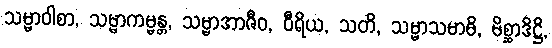
သမ္မာဝါစာ, သမ္မာကမ္မန္တ, သမ္မာအာဇီဝ, ဝီရိယ, သတိ, သမ္မာသမာဓိ, မိစ္ဆာဒိဋ္ဌိ,